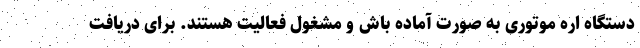
دستگاه اره موتوری به صورت آماده باش و مشغول فعالیت هستند. برای دریافت